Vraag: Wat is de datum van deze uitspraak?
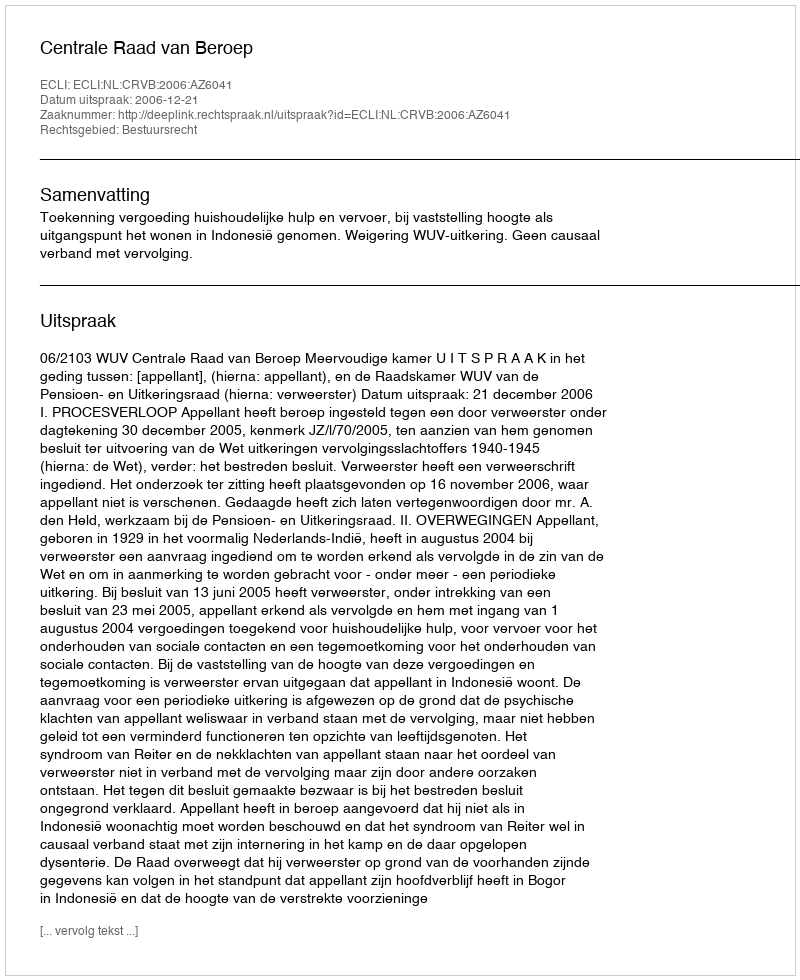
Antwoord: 2006-12-21